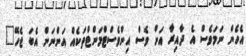
އެހެން ނަމަވެސް އެ ދާއިރާ އަށް ވެސް އިންވެސްޓްމަންޓްތަކެއް އަންނަން އެބަ ޖެހޭ"